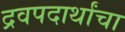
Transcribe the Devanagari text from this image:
द्रवपदार्थांचा